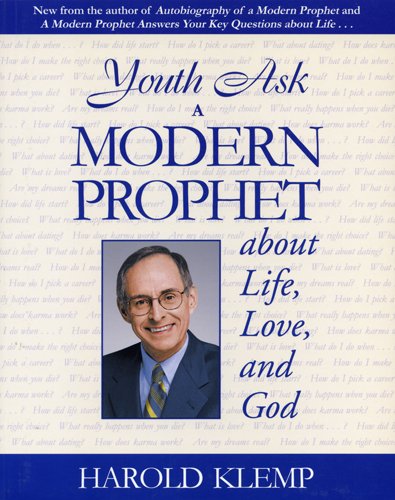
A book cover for Youth Ask A Modern Prophet About Life, Love And God; Harold Klemp; Religion & Spirituality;